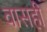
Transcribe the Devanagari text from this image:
वासही